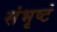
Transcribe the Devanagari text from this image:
संभृष्टं